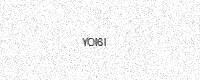
Text: YOI6I